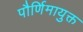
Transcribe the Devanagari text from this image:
पौर्णिमायुक्त